Report of the King Institute of Preventive Medicine, Guindy
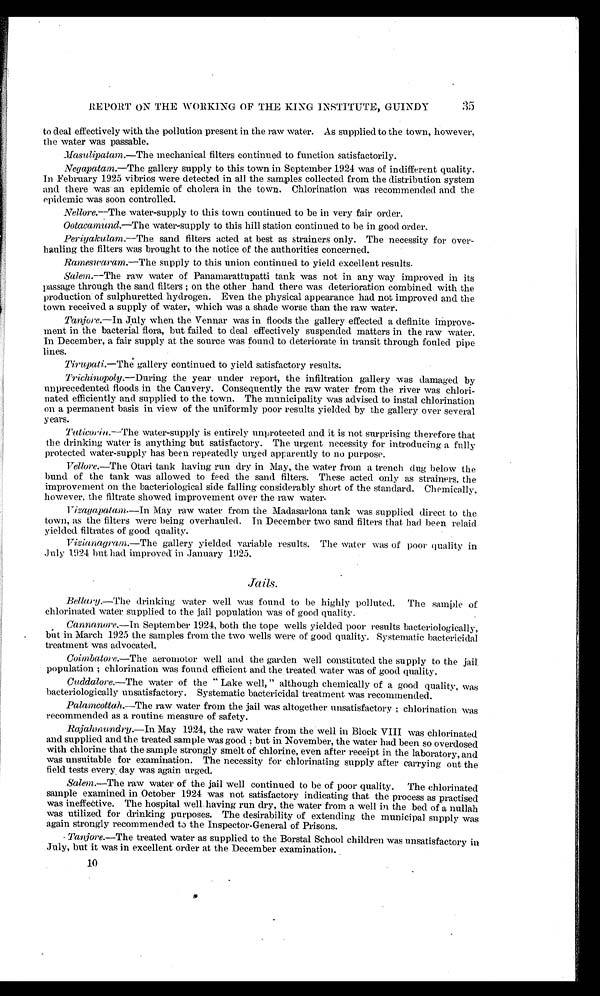
35
REPORT ON THE WORKING OF THE KING INSTITUTE, GUINDY
to deal effectively with the pollution present in the raw water. As supplied to the town, however,
the water was passable.
M a s u l i p a t a m
. — T h e
m e c h a n i c a l f i l t e r s c o n t i n u e d t o f u n c t i o n s a t i s f a c t o r i l y .
Negapatam .— The gallery supply to this town in September 1924 was of indifferent quality.
In February 1925 vibrios were detected in all the samples collected from the distribution system
and there was an epidemic of cholera in the town. Chlorination was recommended and the
epidemic was soon controlled.
Nellore.— The water-supply to this town continued to be in very fair order.
Ootacamund .—The water-supply to this hill station continued to be in good order.
Periyakulam .—The sand filters acted at best as strainers only. The necessity for over
-hauling the filters was brought to the notice of the authorities concerned.
Rameswaram .—The supply to this union continued to yield excellent results.
Salem.—The raw water of Panamarattupatti tank was not in any way improved in its
passage through the sand filters; on the other hand there was deterioration combined with the
production of sulphuretted hydrogen. Even the physical appearance had not improved and the
town received a supply of water, which was a shade worse than the raw water.
Tanjore.—In July when the Vennar was in floods the gallery effected a definite improve
-ment in the bacterial flora, but failed to deal effectively suspended matters in the raw water.
In December, a fair supply at the source was found to deteriorate in transit through fouled pipe
lines.
Tirupati .—The gallery continued to yield satisfactory results.
Trichinopoly .—During the year under report, the infiltration gallery was damaged by
unprecedented floods in the Cauvery. Consequently the raw water from the river was chlori
-nated efficiently and supplied to the town. The municipality was advised to instal chlorination
on a permanent basis in view of the uniformly poor results yielded by the gallery over several
years.
Tuticorin .—The water-supply is entirely unprotected and it is not Surprising therefore that
the drinking water is anything but satisfactory. The urgent necessity for introducing a fully
protected water-supply has been repeatedly urged apparently to no purpose.
Vellore.—The Otari tank having run dry in May, the water from a trench dug below the
bund of the tank was allowed to feed the sand filters. These acted only as strainers, the
improvement on the bacteriological side falling considerably short of the standard. Chemically,
however, the filtrate showed improvement over the raw water.
Vizagapatam. — I n
M a y r a w w a t e r f r o m t h e M a d a s a r l o n a t a n k w a s s u p p l i e d d i r e c t t o t h e
town, as the filters were being overhauled. In December two sand filters that had been relaid
yielded filtrates of good quality.
Vizianagram .—The gallery yielded variable results. The water was of poor quality in
July 1924 but had improved in January 1925.
Jails.
Bellary .—The drinking water well was found to be highly polluted. The sample of
chlorinated water supplied to the jail population was of good quality.
Cannanore .—In September 1924, both the tope wells yielded poor results bacteriologically,
but in March 1925 the samples from the two wells were of good quality. Systematic bactericidal
treatment was advocated.
Coimbatore .—The aeromotor well and the garden well constituted the supply to the jail
population; chlorination was found efficient and the treated water was of good quality.
Cuddalore .—The water of the " Lake well, " although chemically of a good quality, was
bacteriologically unsatisfactory. Systematic bactericidal treatment was recommended.
Palamcottah .—The raw water from the jail was altogether unsatisfactory; chlorination was
recommended as a routine measure of safety.
Rajahmundry .—In May 1924, the raw water from the well in Block VIII was chlorinated
and supplied and the treated sample was good; but in November, the water had been so overdosed
with chlorine that the sample strongly smelt of chlorine, even after receipt in the laboratory, and
was unsuitable for examination. The necessity for chlorinating supply after carrying out the
field tests every day was again urged.
Salem.—The raw water of the jail well continued to be of poor quality. The chlorinated
sample examined in October 1924 was not satisfactory indicating that the process as practised
was ineffective. The hospital well having run dry, the water from a well in the bed of a nullah
was utilized for drinking purposes. The desirability of extending the municipal supply was
again strongly recommended to the Inspector-General of Prisons.
Tanjore .—The treated water as supplied to the Borstal School children was unsatisfactory in
July, but it was in excellent order at the December examination.
10